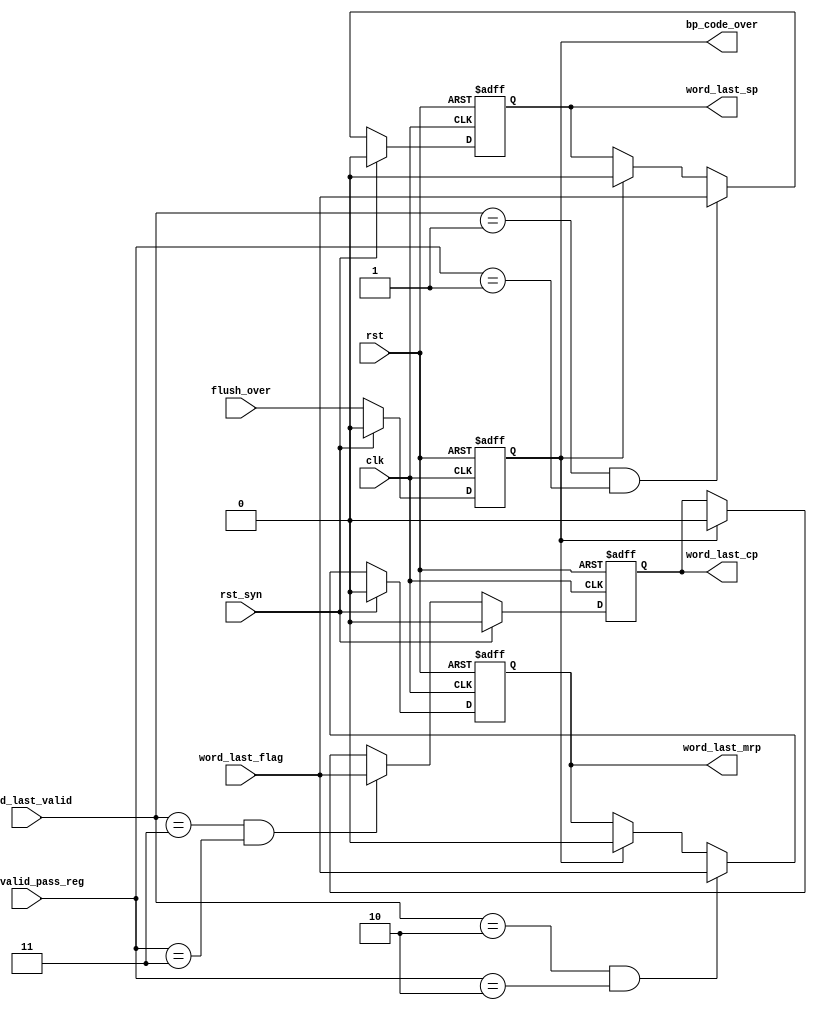
`timescale 1ns/10ps
module mq_out_state_generate(  //output
								word_last_sp,
								word_last_cp,
								word_last_mrp,
								bp_code_over,	
								//input
								data_valid_pass_reg,
								word_last_valid,
								word_last_flag,
								flush_over,
								clk,
								rst,	
								rst_syn		);
								
output word_last_sp;
output word_last_mrp;
output word_last_cp;
output bp_code_over;

input [1:0]data_valid_pass_reg;
input [1:0]word_last_valid;
input word_last_flag;
input flush_over;
input clk;
input rst;
input rst_syn;

reg bp_code_over;
reg word_last_sp;
reg word_last_mrp;
reg word_last_cp;



always @(posedge clk or negedge rst) 
	begin
		if(!rst) 
			begin
				bp_code_over <=1'b0;
			end
		else if(rst_syn)
			begin
				bp_code_over <=1'b0;
			end
		else 
			begin
				bp_code_over <=flush_over;
			end
	end

	
	
always @(posedge clk or negedge rst) 
	begin
		if(!rst) 
			begin
				word_last_sp <=1'b0;
			end
		else if(rst_syn)
			begin
				word_last_sp <=1'b0;
			end
		else if((word_last_valid==2'b01)&&(data_valid_pass_reg==2'b01))
			begin
				word_last_sp <=word_last_flag;
			end
		else if(bp_code_over) 
			begin
				word_last_sp <=1'b0;
			end
	end

always @(posedge clk or negedge rst) 
	begin
		if(!rst) 
			begin
				word_last_mrp <=1'b0;
			end
		else if(rst_syn)
			begin
				word_last_mrp <=1'b0;
			end
		else if((word_last_valid==2'b10)&&(data_valid_pass_reg==2'b10))
			begin
				word_last_mrp <=word_last_flag;
			end
		else if(bp_code_over) 
			begin
				word_last_mrp <=1'b0;
			end
	end	
	
always @(posedge clk or negedge rst) 
	begin
		if(!rst) 
			begin
				word_last_cp <=1'b0;
			end
		else if(rst_syn)
			begin
				word_last_cp <=1'b0;
			end
		else if((word_last_valid==2'b11)&&(data_valid_pass_reg==2'b11))
			begin
				word_last_cp <=word_last_flag;
			end
		else if(bp_code_over) 
			begin
				word_last_cp <=1'b0;
			end
	end
	
endmodule